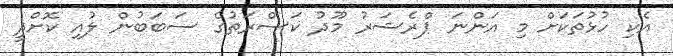
އެކި ހުޅުތަކަށް މި އަންނަ ޕްރެޝަރު މޫދު ކަސްރަތުގެ ސަބަބުން ލުއި ކޮށްދީ